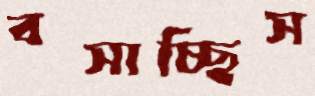
বসাচ্ছিস